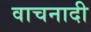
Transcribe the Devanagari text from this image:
वाचनादी